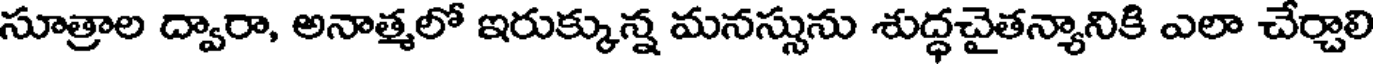
సూత్రాల ద్వారా, అనాత్మలో ఇరుక్కున్న మనస్సును శుద్ధచైతన్యానికి ఎలా చేర్చాలి